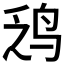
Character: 𫛡